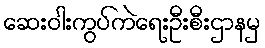
ဆေးဝါးကွပ်ကဲရေးဦးစီးဌာနမှ